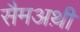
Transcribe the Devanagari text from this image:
सैमअथ़ी